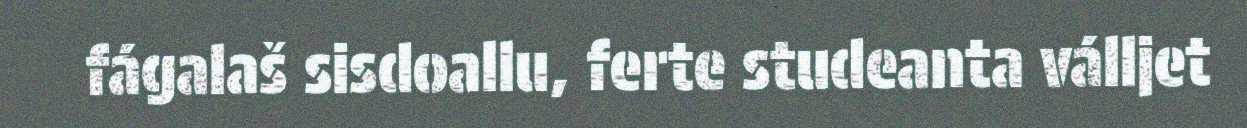
fágalaš sisdoallu, ferte studeanta válljet